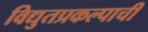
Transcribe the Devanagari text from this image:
विद्युतप्रकल्पाची